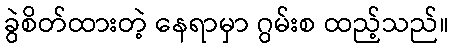
ခွဲစိတ်ထားတဲ့ နေရာမှာ ဂွမ်းစ ထည့်သည်။